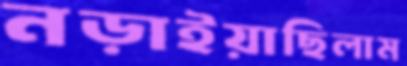
নড়াইয়াছিলাম